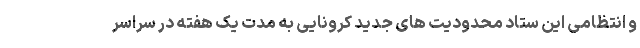
و انتظامی این ستاد محدودیت های جدید کرونایی به مدت یک هفته در سراسر